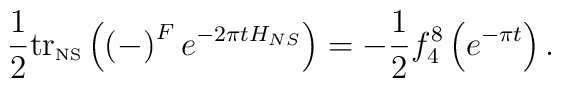
\frac{1}{2}\mbox{tr}_{\mbox{\tiny NS}}\left( \left( -\right)^F  e^{-2\pi t H_{NS}}\right) = -\frac{1}{2}f_4 ^8 \left( e^{-\pi t}\right) .